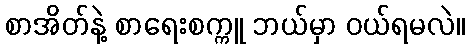
စာအိတ်နဲ့ စာရေးစက္ကူ ဘယ်မှာ ဝယ်ရမလဲ။